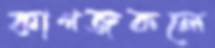
কাগজকলে